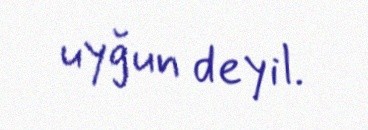
uyğun deyil.